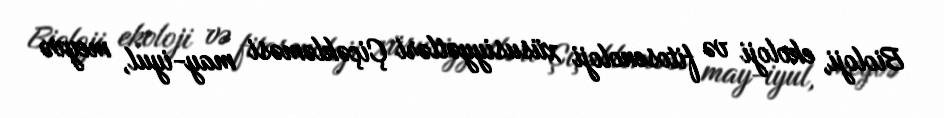
Bioloji, ekoloji və fitosenoloji xüsusiyyətləri Çiçəkləməsi may-iyul, meyvə